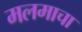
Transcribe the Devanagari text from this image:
मलमाचा